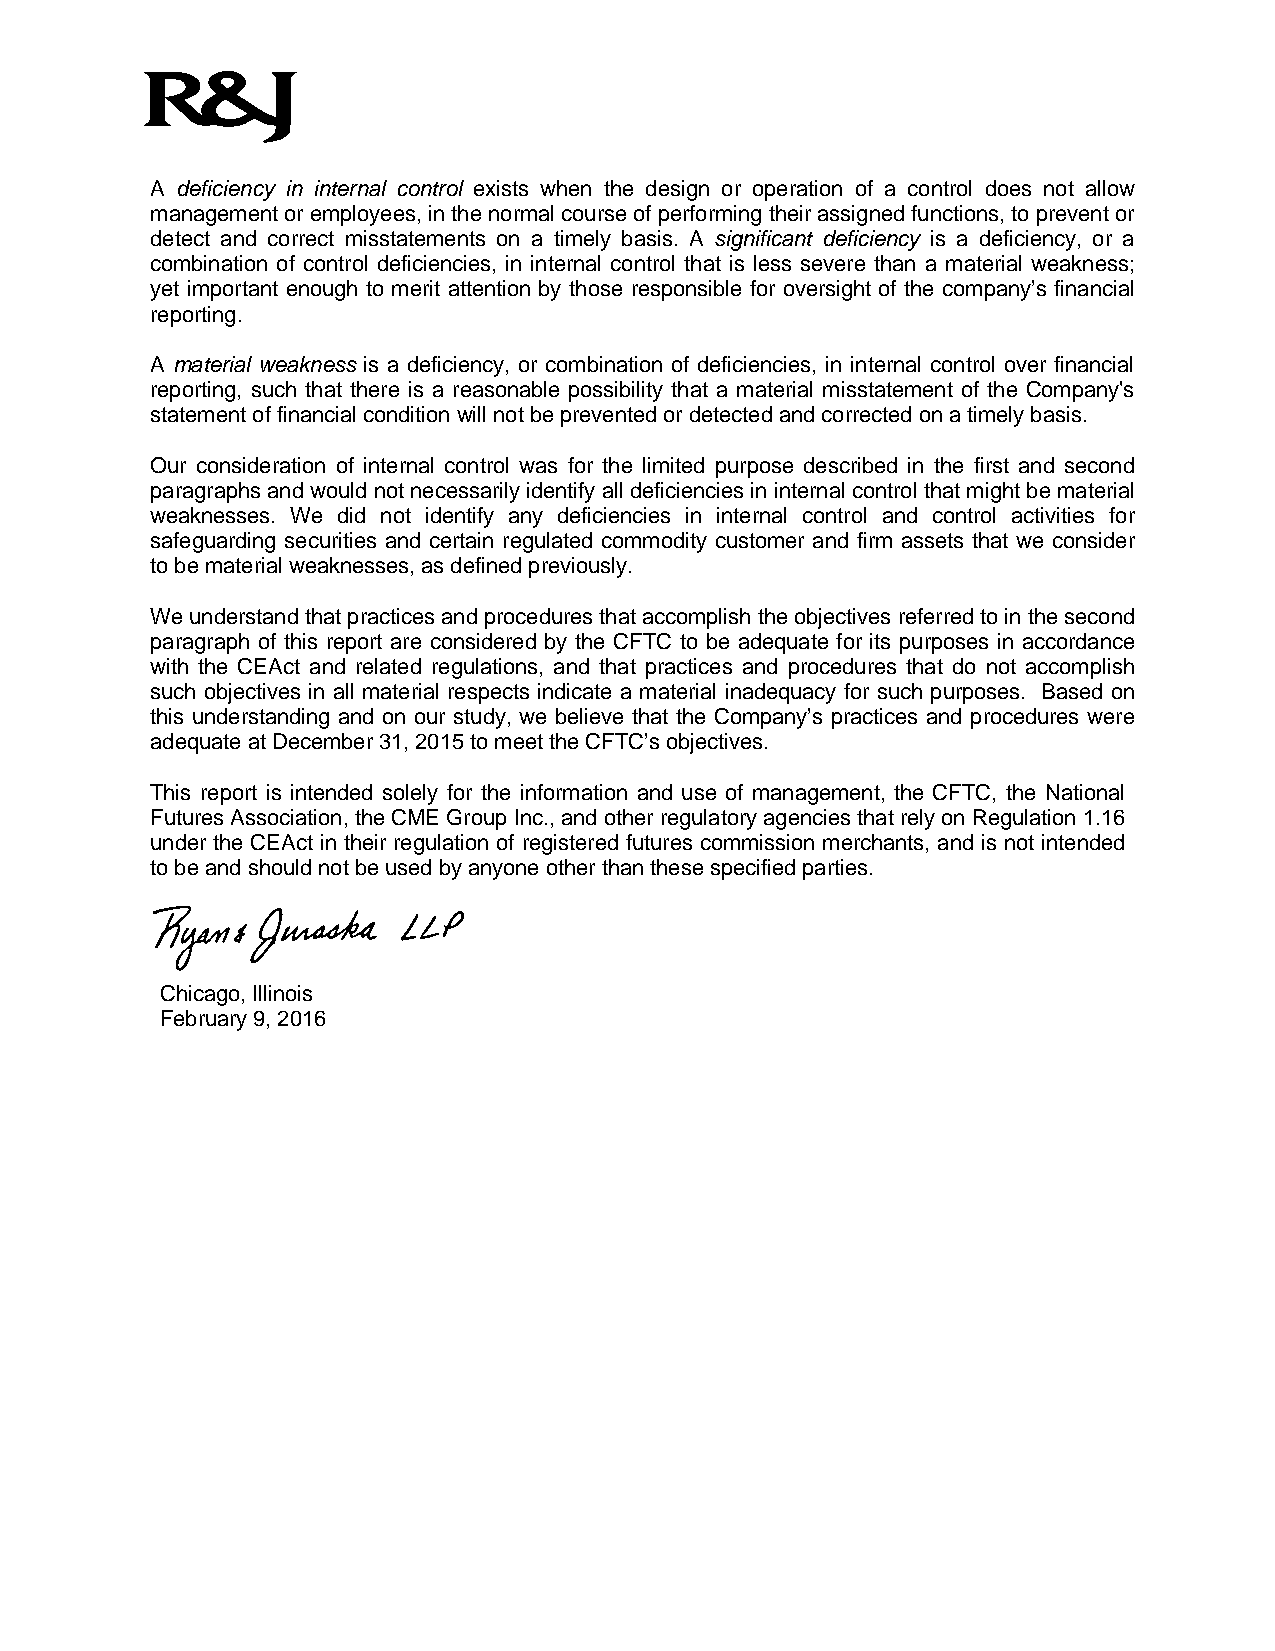
A deficiency in internal control exists when the design or operation of a control does not allow
 management or employees, in the normal course of performing their assigned functions, to prevent or
 detect and correct misstatements on a timely basis. A significant deficiency is a deficiency, or a
 combination of control deficiencies, in internal control that is less severe than a material weakness;
 yet important enough to merit attention by those responsible for oversight of the company’s financial
 reporting.
 A material weakness is a deficiency, or combination of deficiencies, in internal control over financial
 reporting, such that there is a reasonable possibility that a material misstatement of the Company's
 statement of financial condition will not be prevented or detected and corrected on a timely basis.
 Our consideration of internal control was for the limited purpose described in the first and second
 paragraphs and would not necessarily identify all deficiencies in internal control that might be material
 weaknesses. We did not identify any deficiencies in internal control and control activities for
 safeguarding securities and certain regulated commodity customer and firm assets that we consider
 to be material weaknesses, as defined previously.
 We understand that practices and procedures that accomplish the objectives referred to in the second
 paragraph of this report are considered by the CFTC to be adequate for its purposes in accordance
 with the CEAct and related regulations, and that practices and procedures that do not accomplish
 such objectives in all material respects indicate a material inadequacy for such purposes. Based on
 this understanding and on our study, we believe that the Company’s practices and procedures were
 adequate at December 31, 2015 to meet the CFTC’s objectives.
 This report is intended solely for the information and use of management, the CFTC, the National
 Futures Association, the CME Group Inc., and other regulatory agencies that rely on Regulation 1.16
 under the CEAct in their regulation of registered futures commission merchants, and is not intended
 to be and should not be used by anyone other than these specified parties.
 Chicago, Illinois
 February 9, 2016